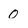
Character: 0